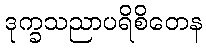
ဒုက္ခသညာပရိစိတေန